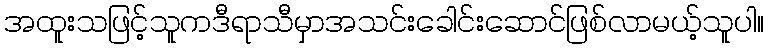
အထူးသဖြင့်သူကဒီရာသီမှာအသင်းခေါင်းဆောင်ဖြစ်လာမယ့်သူပါ။